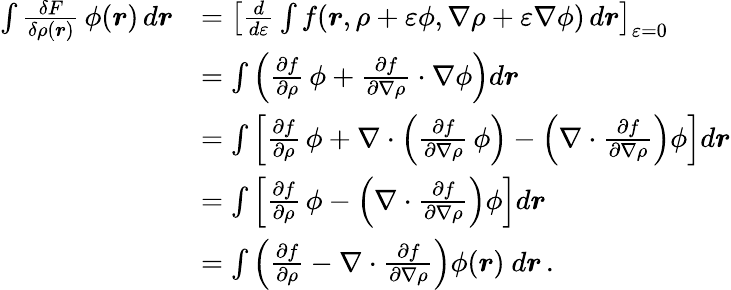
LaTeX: {\begin{array}{rl}{\int{\frac{\delta F}{\delta\rho({\boldsymbol{r}})}}\, \phi({\boldsymbol{r}})\, d{\boldsymbol{r}}}&{=\left[{\frac{d}{d\varepsilon}}\int f({\boldsymbol{r}},\rho+\varepsilon\phi,\nabla\rho+\varepsilon\nabla\phi)\, d{\boldsymbol{r}}\right]_{\varepsilon=0}}\\ &{=\int\left({\frac{\partial f}{\partial\rho}}\, \phi+{\frac{\partial f}{\partial\nabla\rho}}\cdot\nabla\phi\right)d{\boldsymbol{r}}}\\ &{=\int\left[{\frac{\partial f}{\partial\rho}}\, \phi+\nabla\cdot\left({\frac{\partial f}{\partial\nabla\rho}}\, \phi\right)-\left(\nabla\cdot{\frac{\partial f}{\partial\nabla\rho}}\right)\phi\right]d{\boldsymbol{r}}}\\ &{=\int\left[{\frac{\partial f}{\partial\rho}}\, \phi-\left(\nabla\cdot{\frac{\partial f}{\partial\nabla\rho}}\right)\phi\right]d{\boldsymbol{r}}}\\ &{=\int\left({\frac{\partial f}{\partial\rho}}-\nabla\cdot{\frac{\partial f}{\partial\nabla\rho}}\right)\phi({\boldsymbol{r}})\ d{\boldsymbol{r}}\, .}\end{array}}